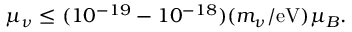
\mu _ { \nu } \leq ( 1 0 ^ { - 1 9 } - 1 0 ^ { - 1 8 } ) ( m _ { \nu } / \mathrm { e V } ) \mu _ { B } .